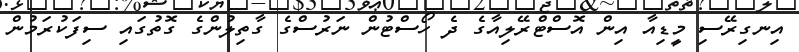
އިނގިރޭސި މީޑިއާ އިން އޮސްޓްރޭލިއާގެ ދެ ހޯސްޓުން ނަރުސްގެ ގާތިލުންގެ ގޮތުގައި ސިފަކުރަމުން